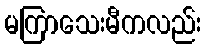
မကြာသေးမီကလည်း